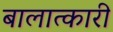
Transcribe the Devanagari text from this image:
बालात्कारी